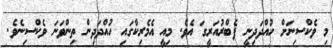
މި ވެކްސިނަށް ހުއްދަދިނީ ފެބްރުއަރީގަ އެވެ. މިއީ އެމެރިކާގައި ހުއްދަދިން ތިންވަނަ ވެކްސިނެވެ.